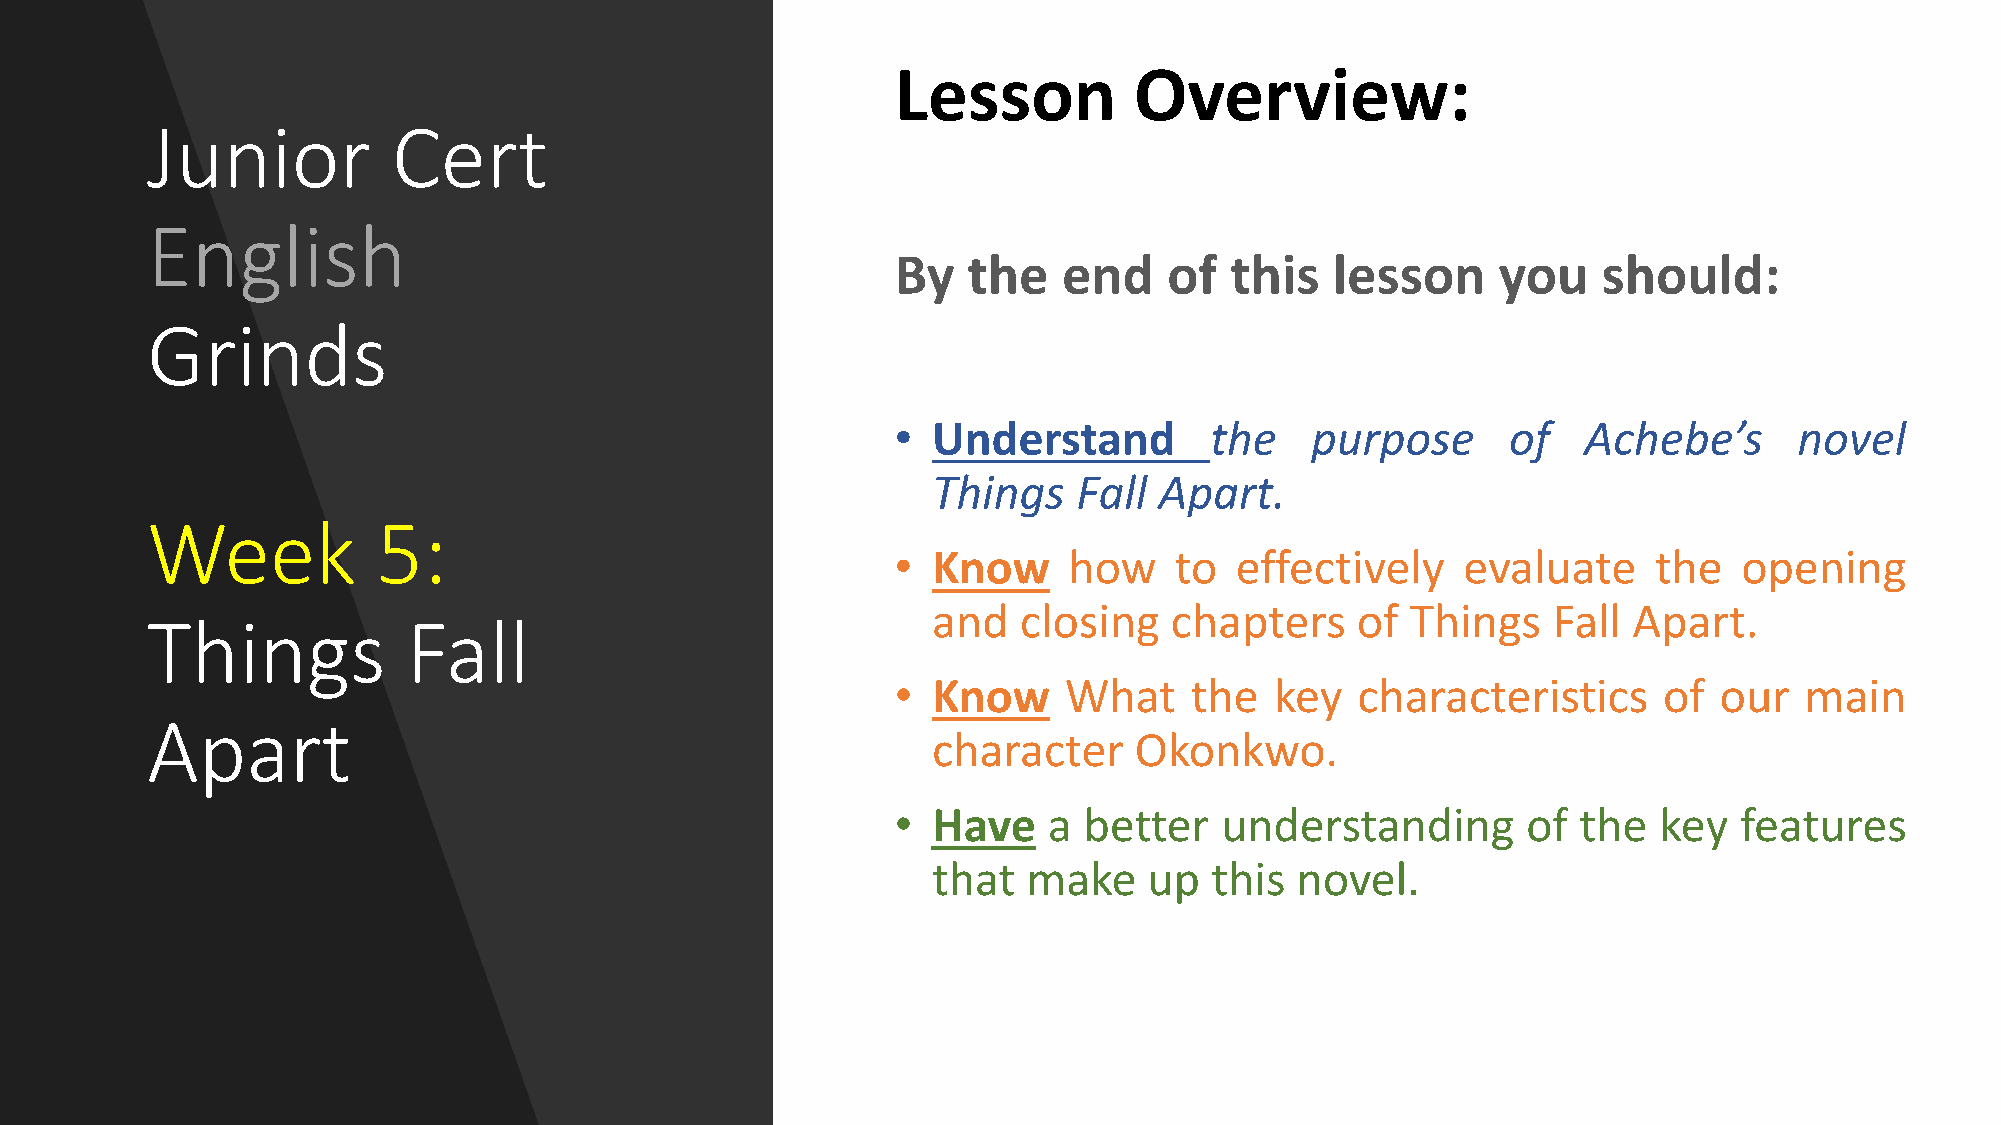
Lesson          Overview:
 Junior          Cert
 English
 By   the   end    of  this   lesson     you    should:
 Grinds
 •  Understand        the    purpose      of   Achebe’s      novel
 Things   Fall  Apart.
 Week           5:
 •  Know     how    to  effectively    evaluate     the  opening
 and  closing   chapters     of Things    Fall Apart.
 Things           Fall
 •  Know    What     the  key   characteristics     of  our  main
 Apart
 character    Okonkwo.
 •  Have   a  better   understanding       of  the  key  features
 that  make    up  this  novel.